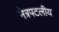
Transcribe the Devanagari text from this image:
नेत्रपटलीय